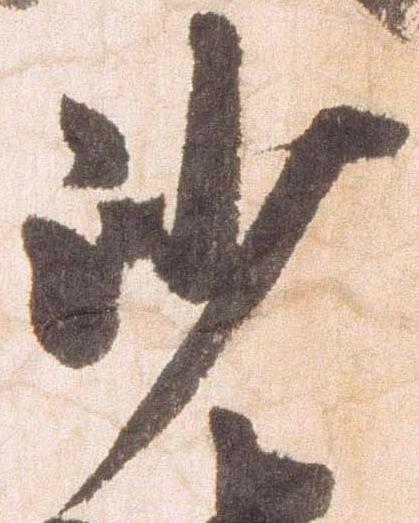
沙